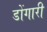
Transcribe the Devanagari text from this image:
डोंगारी